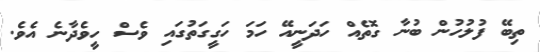
ތިބޭ ފުލުހުން ބުނާ ގޮތެއް ހަދަނީއޭ ހަމަ ހަގީގަތުގައި ވެސް ހީވެދާނެ އެވެ.